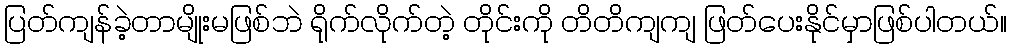
ပြတ်ကျန်ခဲ့တာမျိုးမဖြစ်ဘဲ ရိုက်လိုက်တဲ့ တိုင်းကို တိတိကျကျ ဖြတ်ပေးနိုင်မှာဖြစ်ပါတယ်။